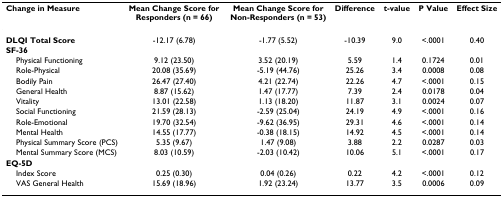
<table><thead><tr><td><b>Change in Measure</b></td><td><b>Mean Change Score for Responders (n = 66)</b></td><td><b>Mean Change Score for Non-Responders (n = 53)</b></td><td><b>Difference</b></td><td><b>t-value</b></td><td><b>P Value</b></td><td><b>Effect Size</b></td></tr></thead><tbody><tr><td><b>DLQI Total Score</b></td><td>-12.17 (6.78)</td><td>-1.77 (5.52)</td><td>-10.39</td><td>9.0</td><td>&lt;.0001</td><td>0.40</td></tr><tr><td><b>SF-36</b></td><td></td><td></td><td></td><td></td><td></td><td></td></tr><tr><td> Physical Functioning</td><td>9.12 (23.50)</td><td>3.52 (20.19)</td><td>5.59</td><td>1.4</td><td>0.1724</td><td>0.01</td></tr><tr><td> Role-Physical</td><td>20.08 (35.69)</td><td>-5.19 (44.76)</td><td>25.26</td><td>3.4</td><td>0.0008</td><td>0.08</td></tr><tr><td> Bodily Pain</td><td>26.47 (27.40)</td><td>4.21 (22.74)</td><td>22.26</td><td>4.7</td><td>&lt;.0001</td><td>0.15</td></tr><tr><td> General Health</td><td>8.87 (15.62)</td><td>1.47 (17.77)</td><td>7.39</td><td>2.4</td><td>0.0178</td><td>0.04</td></tr><tr><td> Vitality</td><td>13.01 (22.58)</td><td>1.13 (18.20)</td><td>11.87</td><td>3.1</td><td>0.0024</td><td>0.07</td></tr><tr><td> Social Functioning</td><td>21.59 (28.13)</td><td>-2.59 (25.04)</td><td>24.19</td><td>4.9</td><td>&lt;.0001</td><td>0.16</td></tr><tr><td> Role-Emotional</td><td>19.70 (32.54)</td><td>-9.62 (36.95)</td><td>29.31</td><td>4.6</td><td>&lt;.0001</td><td>0.14</td></tr><tr><td> Mental Health</td><td>14.55 (17.77)</td><td>-0.38 (18.15)</td><td>14.92</td><td>4.5</td><td>&lt;.0001</td><td>0.14</td></tr><tr><td> Physical Summary Score (PCS)</td><td>5.35 (9.67)</td><td>1.47 (9.08)</td><td>3.88</td><td>2.2</td><td>0.0287</td><td>0.03</td></tr><tr><td> Mental Summary Score (MCS)</td><td>8.03 (10.59)</td><td>-2.03 (10.42)</td><td>10.06</td><td>5.1</td><td>&lt;.0001</td><td>0.17</td></tr><tr><td><b>EQ-5D</b></td><td></td><td></td><td></td><td></td><td></td><td></td></tr><tr><td> Index Score</td><td>0.25 (0.30)</td><td>0.04 (0.26)</td><td>0.22</td><td>4.2</td><td>&lt;.0001</td><td>0.12</td></tr><tr><td> VAS General Health</td><td>15.69 (18.96)</td><td>1.92 (23.24)</td><td>13.77</td><td>3.5</td><td>0.0006</td><td>0.09</td></tr></tbody></table>